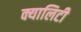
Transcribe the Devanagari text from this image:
क्यालिटी